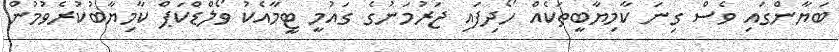
ބަޔާންގައި ވެސް ގިނަ ކާމިޔާބީތަކެއް ހޯދިފައި ޖަރުމަނުގެ ގައުމީ ޓީމާއެކު ވޯލްޑްކަޕް ކާމިޔާބުކުރެވުމުން